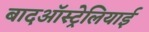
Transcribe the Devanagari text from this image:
बादऑस्ट्रेलियाई